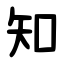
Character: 知